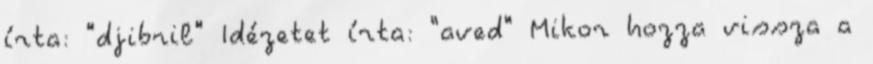
írta: "djibril" Idézetet írta: "aved" Mikor hozza vissza a